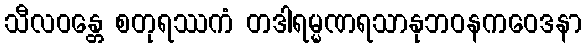
သီလဝန္တေ စတုရဿကံ တဒါရမ္မဏရသာနုဘဝနကဝေဒနာ